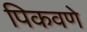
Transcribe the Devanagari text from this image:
पिकवणे